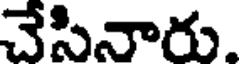
చేసినారు.